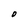
Character: O